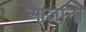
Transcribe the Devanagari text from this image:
आज्ञांना